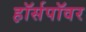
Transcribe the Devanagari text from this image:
ह़ॉर्सपॉवर